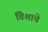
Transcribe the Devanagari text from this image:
विेशाचे